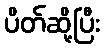
ပိတ်ဆို့ပြီး